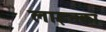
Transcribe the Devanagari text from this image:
लाइनका